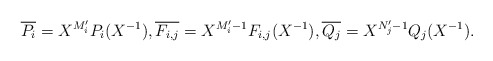
\begin{align*}{\overline {P_i}}= X^{M'_i}P_i(X^{-1}), \overline{F_{i,j}} = X^{M'_i-1} F_{i,j}(X^{-1}), \overline{Q_j} = X^{N'_j-1}Q_j(X^{-1}).\end{align*}